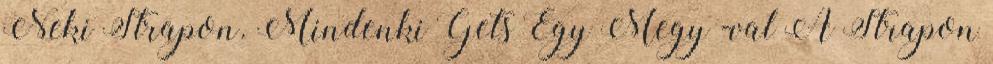
Neki Strapon. Mindenki Gets Egy Megy -val A Strapon